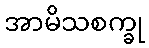
အာမိသစက္ခု